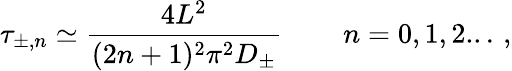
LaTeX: \tau_{\pm,n}\simeq\frac{4L^{2}}{(2n+1)^{2}\pi^{2}D_{\pm}}\, \quad\quad n=0,1,2...\, ,